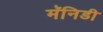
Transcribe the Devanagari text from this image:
मॅनिडी